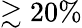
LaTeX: \gtrsim 20\%